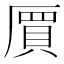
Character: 𠃅